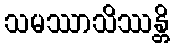
သမဿာသိဿန္တိ